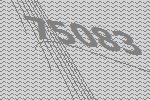
75083